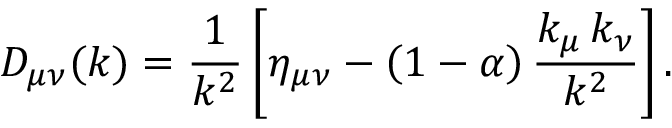
D _ { \mu \nu } ( k ) = { \frac { 1 } { k ^ { 2 } } } \left[ \eta _ { \mu \nu } - \left( 1 - \alpha \right) { \frac { k _ { \mu } \, k _ { \nu } } { k ^ { 2 } } } \right] .